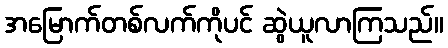
အမြောက်တစ်လက်ကိုပင် ဆွဲယူလာကြသည်။